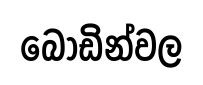
බෝඩින්වල